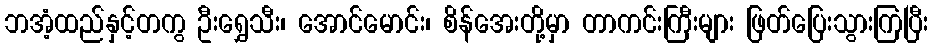
ဘအံ့ထည်နှင့်တကွ ဦးရွှေသီး၊ အောင်မောင်း၊ စိန်အေးတို့မှာ တာကင်းကြီးများ ဖြတ်ပြေးသွားကြပြီး